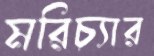
মরিচ্যার